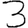
Digit: 3